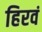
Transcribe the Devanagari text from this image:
हिरवं